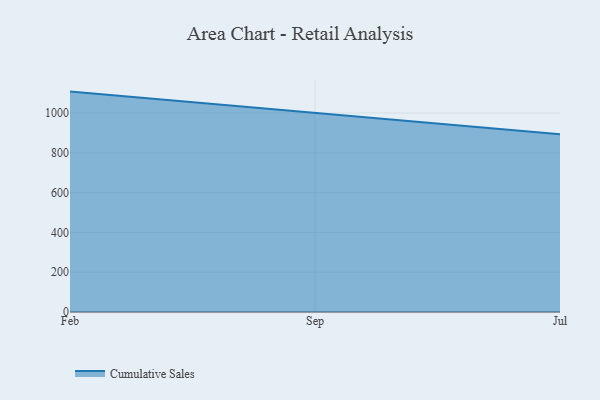
{"axis": {"x": "Month", "y": "Revenue (USD Million)"}, "legend": ["Cumulative Sales"], "data": [{"x": "Feb", "y": 1107.5, "type": "Cumulative Sales"}, {"x": "Sep", "y": 999.7, "type": "Cumulative Sales"}, {"x": "Jul", "y": 893.2, "type": "Cumulative Sales"}]}